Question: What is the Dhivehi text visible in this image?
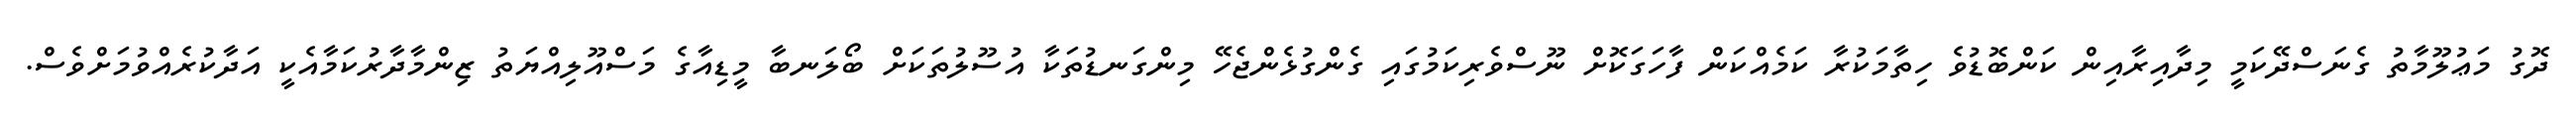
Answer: ދޮގު މަޢުލޫމާތު ގެނަސްދޭކަމީ މިދާއިރާއިން ކަންބޮޑުވެ ހިތާމަކުރާ ކަމެއްކަން ފާހަގަކޮށް ނޫސްވެރިކަމުގައި ގެންގުޅެންޖެހޭ މިންގަނޑުތަކާ އުސޫލުތަކަށް ބޯލަނބާ މީޑިއާގެ މަސްއޫލިއްޔަތު ޒިންމާދާރުކަމާއެކީ އަދާކުރެއްވުމަށްވެސް.